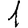
Digit: 1